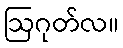
ဩဂုတ်လ။